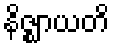
နိဇ္ဈာယတိ